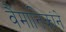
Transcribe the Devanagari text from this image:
वैमानिकांने